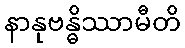
နာနုဗန္ဓိဿာမီတိ